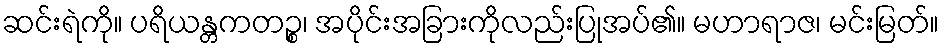
ဆင်းရဲကို။ ပရိယန္တကတဉ္စ၊ အပိုင်းအခြားကိုလည်းပြုအပ်၏။ မဟာရာဇ၊ မင်းမြတ်။